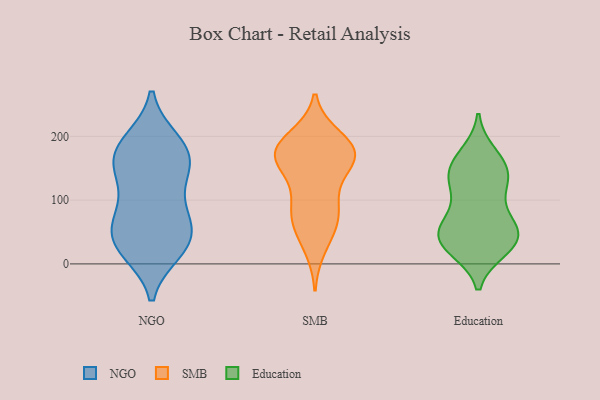
{"axis": {"x": "Energy Usage (MWh)", "y": "Value"}, "legend": ["Education", "NGO", "SMB"], "data": [{"x": "", "y": 49, "type": "NGO"}, {"x": "", "y": 136, "type": "NGO"}, {"x": "", "y": 178, "type": "NGO"}, {"x": "", "y": 175, "type": "NGO"}, {"x": "", "y": 28, "type": "NGO"}, {"x": "", "y": 160, "type": "NGO"}, {"x": "", "y": 149, "type": "NGO"}, {"x": "", "y": 60, "type": "NGO"}, {"x": "", "y": 24, "type": "NGO"}, {"x": "", "y": 88, "type": "NGO"}, {"x": "", "y": 29, "type": "NGO"}, {"x": "", "y": 192, "type": "NGO"}, {"x": "", "y": 193, "type": "NGO"}, {"x": "", "y": 65, "type": "NGO"}, {"x": "", "y": 144, "type": "NGO"}, {"x": "", "y": 20, "type": "NGO"}, {"x": "", "y": 81, "type": "NGO"}, {"x": "", "y": 63, "type": "SMB"}, {"x": "", "y": 173, "type": "SMB"}, {"x": "", "y": 101, "type": "SMB"}, {"x": "", "y": 153, "type": "SMB"}, {"x": "", "y": 172, "type": "SMB"}, {"x": "", "y": 183, "type": "SMB"}, {"x": "", "y": 59, "type": "SMB"}, {"x": "", "y": 197, "type": "SMB"}, {"x": "", "y": 92, "type": "SMB"}, {"x": "", "y": 159, "type": "SMB"}, {"x": "", "y": 80, "type": "SMB"}, {"x": "", "y": 185, "type": "SMB"}, {"x": "", "y": 164, "type": "SMB"}, {"x": "", "y": 175, "type": "SMB"}, {"x": "", "y": 27, "type": "SMB"}, {"x": "", "y": 62, "type": "Education"}, {"x": "", "y": 50, "type": "Education"}, {"x": "", "y": 139, "type": "Education"}, {"x": "", "y": 157, "type": "Education"}, {"x": "", "y": 65, "type": "Education"}, {"x": "", "y": 33, "type": "Education"}, {"x": "", "y": 154, "type": "Education"}, {"x": "", "y": 33, "type": "Education"}, {"x": "", "y": 113, "type": "Education"}, {"x": "", "y": 36, "type": "Education"}, {"x": "", "y": 136, "type": "Education"}, {"x": "", "y": 171, "type": "Education"}, {"x": "", "y": 123, "type": "Education"}, {"x": "", "y": 24, "type": "Education"}, {"x": "", "y": 33, "type": "Education"}, {"x": "", "y": 63, "type": "Education"}]}